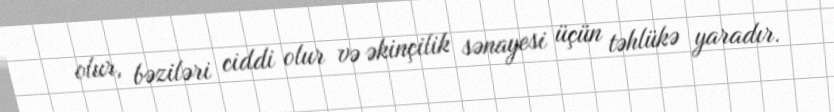
olur, bəziləri ciddi olur və əkinçilik sənayesi üçün təhlükə yaradır.